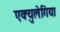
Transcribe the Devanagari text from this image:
एक्युलेगिया